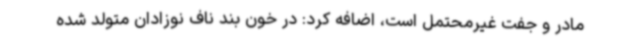
مادر و جفت غیرمحتمل است، اضافه کرد: در خون بند ناف نوزادان متولد شده